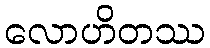
လောဟိတဿ